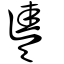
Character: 奊